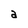
Character: a